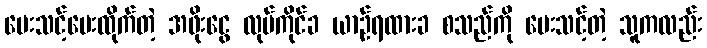
ပေးသင့်ပေးထိုက်တဲ့ အဖိုးငွေ လုပ်ကိုင်ခ ယာဉ်ရထားခ စသည်ကို ပေးသင့်တဲ့ သူကလည်း